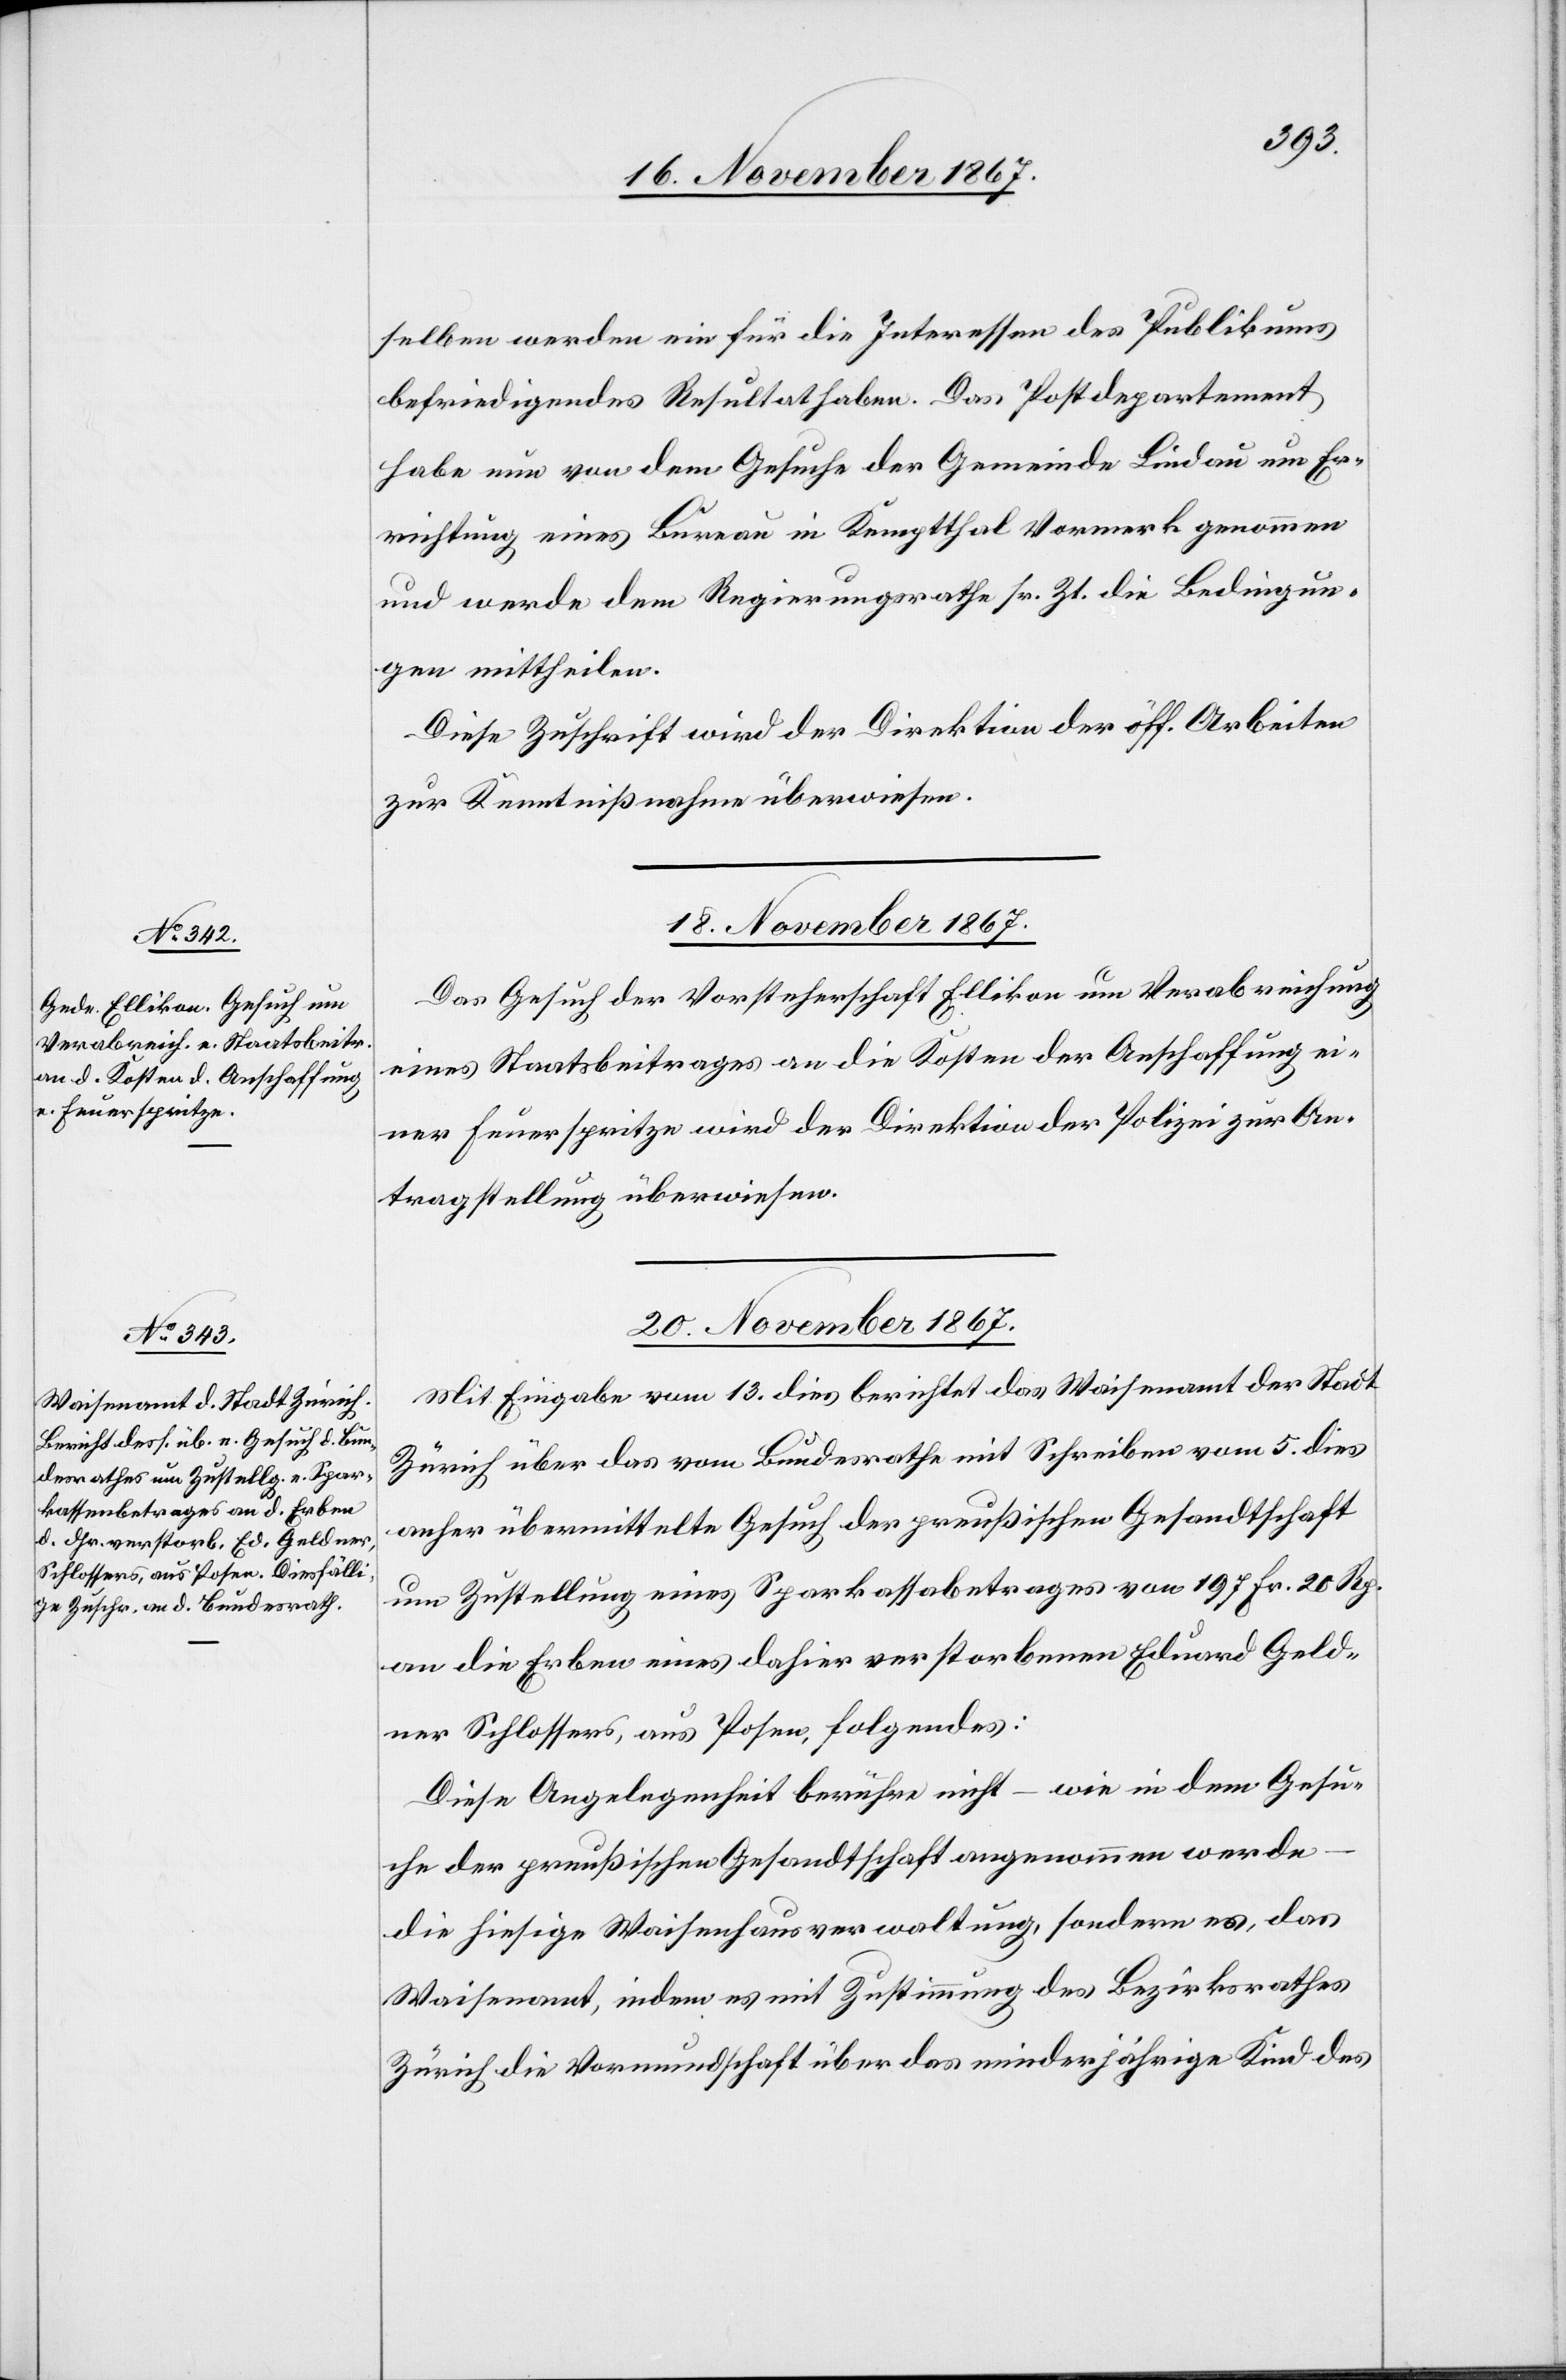
selben werden ein für die Interessen des Publikums
befriedigendes Resultat haben. Das Postdepartement
habe nun von dem Gesuche der Gemeinde Lindau um Er¬
richtung eines Bureau in Kemptthal Vormerk genommen
und werde dem Regierungsrathe sr. Zt. die Bedingun¬
gen mittheilen.
Diese Zuschrift wird der Direktion der öff. Arbeiten
zur Kenntnißnahme überwiesen.
18. November 1867.
Das Gesuch der Vorsteherschaft Ellikon um Verabreichung
eines Staatsbeitrages an die Kosten der Anschaffung ei¬
ner Feuerspritze wird der Direktion der Polizei zur An¬
tragstellung überwiesen.
20. November 1867.
Mit Eingabe vom 13. dies berichtet das Waisenamt der Stadt
Zürich über das vom Bundesrathe mit Schreiben vom 5. dies
anher übermittelte Gesuch der preußischen Gesandtschaft
um Zustellung eines Sparkassenbetrages von 197 Fr. 20 Rp.
an die Erben eines dahier verstorbenen Eduard Geld¬
ner Schlossers, aus Posen, folgendes:
Diese Angelegenheit berühre nicht – wie in dem Gesu¬
che der preußischen Gesandtschaft angenommen werde-
die hiesige Waisenhausverwaltung, sondern es, das
Waisenamt, indem es mit Zustimmung des Bezirksrathes
Zürich die Vormundschaft über das minderjährige Kind des